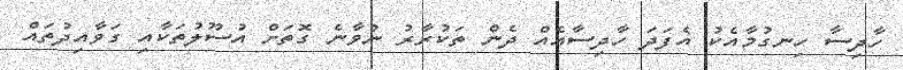
ހާދިސާ ހިނގުމާއެކު އެފަދަ ހާދިސާއެއް ދެން ތަކުރާރު ނުވާނެ ގޮތަށް އުސޫލުތަކާއި ގަވާއިދުތައް